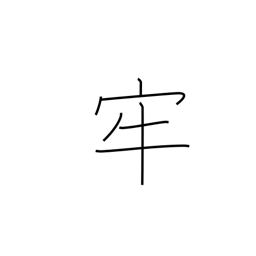
Meaning: prison